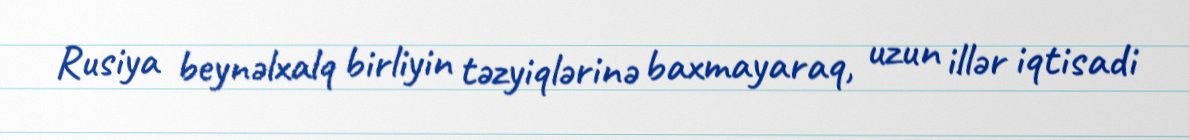
Rusiya beynəlxalq birliyin təzyiqlərinə baxmayaraq, uzun illər iqtisadi